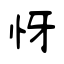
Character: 㤉